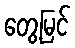
တွေ့မြင်